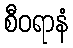
စီဝရာနံ